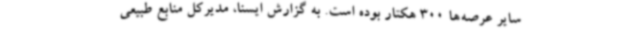
سایر عرصه‌ها 300 هکتار بوده است. به گزارش ایسنا، مدیرکل منابع طبیعی